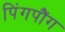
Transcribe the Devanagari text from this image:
पिंगपौंग